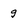
Character: g